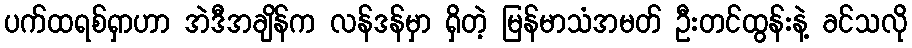
ပက်ထရစ်ရှာဟာ အဲဒီအချိန်က လန်ဒန်မှာ ရှိတဲ့ မြန်မာသံအမတ် ဦးတင်ထွန်းနဲ့ ခင်သလို